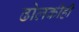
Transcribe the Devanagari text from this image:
ढोलकीही